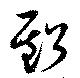
虧